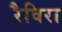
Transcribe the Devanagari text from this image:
रैविरा